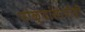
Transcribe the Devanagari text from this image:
पोळ्यांसाठीही